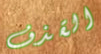
القذف